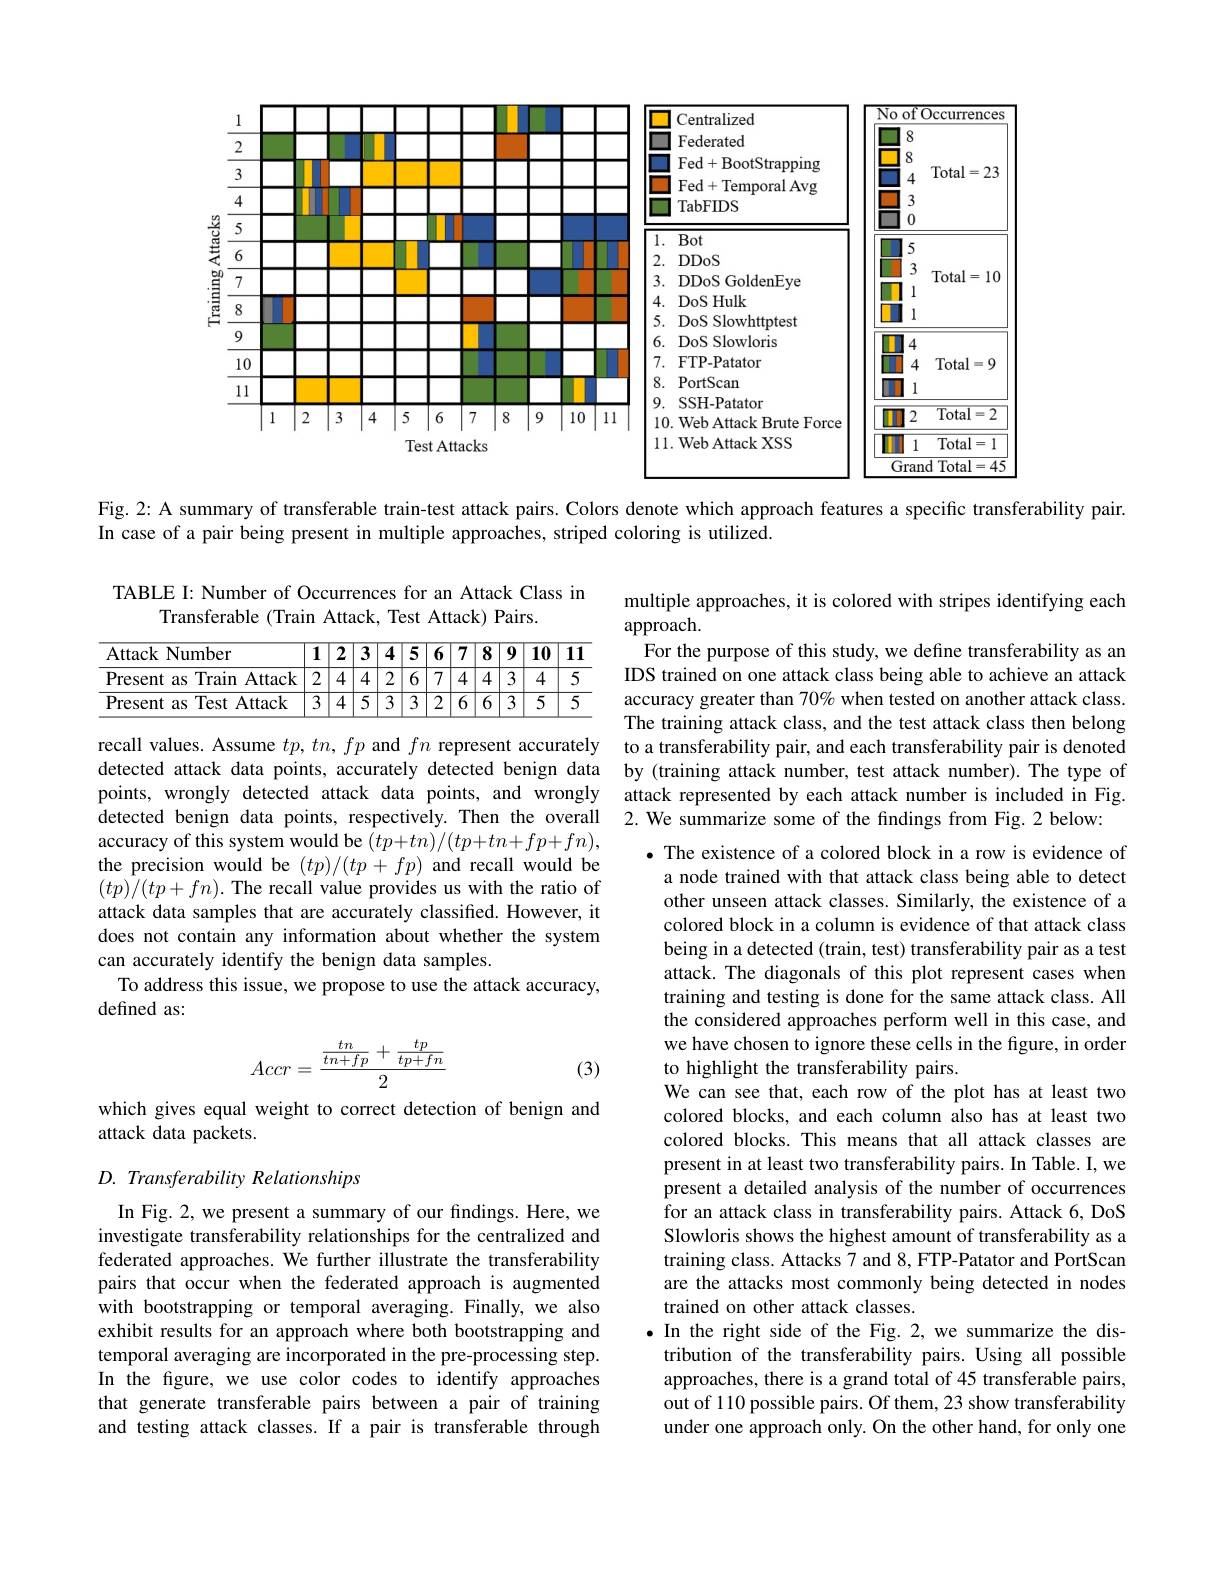
<FigureHere>

Fig. 2: A summary of transferable train-test attack pairs. Colors denote which approach features a specific transferability pair.

In case of a pair being present in multiple approaches, striped coloring is utilized.

TABLE I: Number of Occurrences for an Attack Class in
Transferable (Train Attack, Test Attack) Pairs.

<table>
	<tbody>
		<tr>
			<th>Attack Number</th>
			<th>1</th>
			<th>2</th>
			<th>3</th>
			<th>$\overline{4}$</th>
			<th>$\overline{5}$</th>
			<th>6</th>
			<th>7</th>
			<th>$\overline{8}$</th>
			<th>9</th>
			<th>$\overline{10}$</th>
			<th>$\overline{11}$</th>
		</tr>
		<tr>
			<td>Present as Train Attack</td>
			<td>2</td>
			<td>4</td>
			<td>4</td>
			<td>2</td>
			<td>6</td>
			<td>7</td>
			<td>4</td>
			<td>4</td>
			<td>3</td>
			<td>4</td>
			<td>5</td>
		</tr>
		<tr>
			<td>Present as Test Attack</td>
			<td>3</td>
			<td>4</td>
			<td>$\overline{5}$ T</td>
			<td>3</td>
			<td>3</td>
			<td>2</td>
			<td>6</td>
			<td>6</td>
			<td>3</td>
			<td>$\overline{5}$</td>
			<td>$\overline{5}$ 1</td>
		</tr>
	</tbody>
</table>

multiple approaches, it is colored with stripes identifying each
approach.
For the purpose of this study, we define transferability as an IDS trained on one attack class being able to achieve an attack accuracy greater than 70% when tested on another attack class. The training attack class, and the test attack class then belong to a transferability pair, and each transferability pair is denoted
detected attack data points, accurately detected benign data by (training attack number, test attack number). The type of
attack represented by each attack number is included in Fig.
2. We summarize some of the fndings from Fig.2 below:

recall values. Assume $tp,tn,fp$ and $fn$ represent accurately points, wrongly detected attack data points, and wrongly detected benign data points, respectively. Then the overall accuracy of this system would be $(tp+tn)/(tp+tn+fp+fn)$, the precision would be $(tp)/(tp+fp)$ and recall would be $(tp)/(tp+fn).$ The recall value provides us with the ratio of attack data samples that are accurately classified. However, it does not contain any information about whether the system can accurately identify the benign data samples.
To address this issue, we propose to use the attack accuracy,
defined as:
$$Accr=\frac{\frac{tn}{tn+fp}+\frac{tp}{tp+fn}}{2}$$
(3)

which gives equal weight to correct detection of benign and
attack data packets.

$\bullet$ The existence of a colored block in a row is evidence of a node trained with that attack class being able to detect other unseen attack classes. Similarly, the existence of a colored block in a column is evidence of that attack class being in a detected (train, test) transferability pair as a test attack. The diagonals of this plot represent cases when training and testing is done for the same attack class. All the considered approaches perform well in this case, and we have chosen to ignore these cells in the figure, in order to highlight the transferability pairs.
We can see that, each row of the plot has at least two colored blocks, and each column also has at least two colored blocks. This means that all attack classes are present in at least two transferability pairs. In Table. I, we present a detailed analysis of the number of occurrences for an attack class in transferability pairs. Attack 6, DoS Slowloris shows the highest amount of transferability as a training class. Attacks 7 and 8, FTP-Patator and PortScan are the attacks most commonly being detected in nodes trained on other attack classes.
$\bullet$ In the right side of the Fig. 2, we summarize the distribution of the transferability pairs. Using all possible approaches, there is a grand total of 45 transferable pairs, out of 110 possible pairs. Of them, 23 show transferability under one approach only. On the other hand, for only one

## D. Transferability Relationships

In Fig. 2, we present a summary of our findings. Here, we investigate transferability relationships for the centralized and federated approaches. We further illustrate the transferability pairs that occur when the federated approach is augmented with bootstrapping or temporal averaging. Finally, we also exhibit results for an approach where both bootstrapping and temporal averaging are incorporated in the pre-processing step. In the figure, we use color codes to identify approaches that generate transferable pairs between a pair of training and testing attack classes.If a pair is transferable through